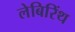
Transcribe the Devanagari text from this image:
लेबिरिंथ